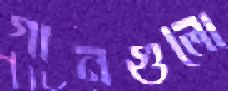
গানগুলো